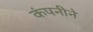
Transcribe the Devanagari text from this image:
कंपनीने